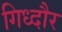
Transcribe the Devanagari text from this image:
गिध्दौर